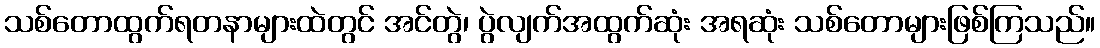
သစ်တောထွက်ရတနာများထဲတွင် အင်တွဲ၊ ပွဲလျက်အထွက်ဆုံး အရဆုံး သစ်တောများဖြစ်ကြသည်။